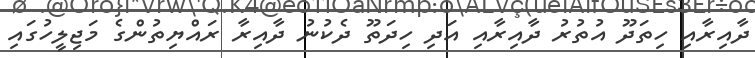
ދާއިރާއި ހިތަދޫ އުތުރު ދާއިރާއި އަދި ހިދަތޫ ދެކުނު ދާއިރާ ރައްޔިތުންގެ މަޖިލީހުގައި